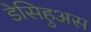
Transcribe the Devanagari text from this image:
डेसिहुअस